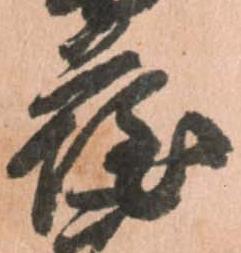
薩